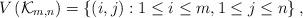
LaTeX: \begin{align*}V\left( \mathcal{K}_{m,n} \right)=\left\{ \left( i,j\right) :1\leq i\leq m,1\leq j\leq n\right\},\end{align*}